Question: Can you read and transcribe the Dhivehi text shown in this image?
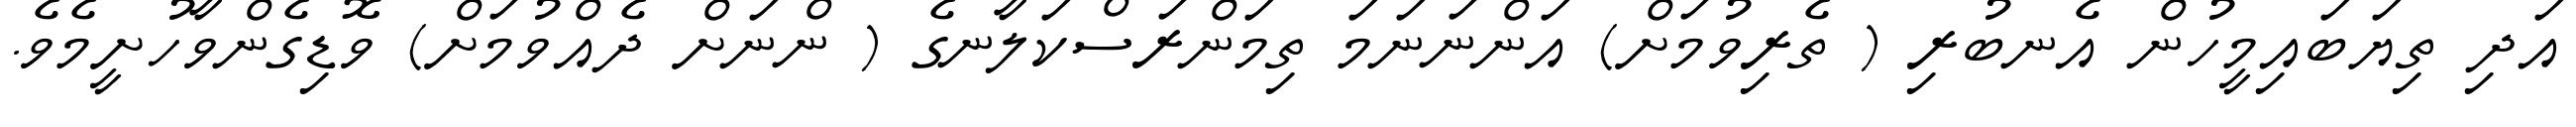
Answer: އަދި ތިޔަބައިމީހުން އެނބުރި ( ތެރިވުމަށް) އަންނަނަމަ ތިމަންރަސްކަލާނގެ ( ންނަށް ދެއްވުމަށް) ވޮޑިގެންވާހުށީމެވެ.